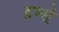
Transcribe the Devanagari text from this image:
हम्से